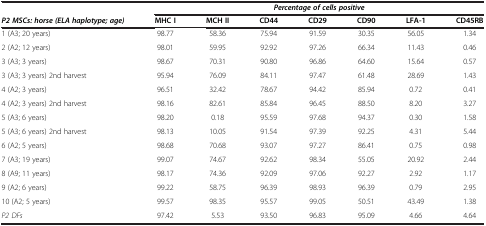
<table><thead><tr><td><b> </b></td><td colspan="7"><b><i>Percentage of cells positive</i></b></td></tr><tr><td><b><i>P2 MSCs: horse (ELA haplotype; age)</i></b></td><td><b>MHC I</b></td><td><b>MCH II</b></td><td><b>CD44</b></td><td><b>CD29</b></td><td><b>CD90</b></td><td><b>LFA-1</b></td><td><b>CD45RB</b></td></tr></thead><tbody><tr><td>1 (A3; 20 years)</td><td>98.77</td><td>58.36</td><td>75.94</td><td>91.59</td><td>30.35</td><td>56.05</td><td>1.34</td></tr><tr><td>2 (A2; 12 years)</td><td>98.01</td><td>59.95</td><td>92.92</td><td>97.26</td><td>66.34</td><td>11.43</td><td>0.46</td></tr><tr><td>3 (A3; 3 years)</td><td>98.67</td><td>70.31</td><td>90.80</td><td>96.86</td><td>64.60</td><td>15.64</td><td>0.57</td></tr><tr><td>3 (A3; 3 years) 2nd harvest</td><td>95.94</td><td>76.09</td><td>84.11</td><td>97.47</td><td>61.48</td><td>28.69</td><td>1.43</td></tr><tr><td>4 (A2; 3 years)</td><td>96.51</td><td>32.42</td><td>78.67</td><td>94.42</td><td>85.94</td><td>0.72</td><td>0.41</td></tr><tr><td>4 (A2; 3 years) 2nd harvest</td><td>98.16</td><td>82.61</td><td>85.84</td><td>96.45</td><td>88.50</td><td>8.20</td><td>3.27</td></tr><tr><td>5 (A3; 6 years)</td><td>98.20</td><td>0.18</td><td>95.59</td><td>97.68</td><td>94.37</td><td>0.30</td><td>1.58</td></tr><tr><td>5 (A3; 6 years) 2nd harvest</td><td>98.13</td><td>10.05</td><td>91.54</td><td>97.39</td><td>92.25</td><td>4.31</td><td>5.44</td></tr><tr><td>6 (A2; 5 years)</td><td>98.68</td><td>70.68</td><td>93.07</td><td>97.27</td><td>86.41</td><td>0.75</td><td>0.98</td></tr><tr><td>7 (A3; 19 years)</td><td>99.07</td><td>74.67</td><td>92.62</td><td>98.34</td><td>55.05</td><td>20.92</td><td>2.44</td></tr><tr><td>8 (A9; 11 years)</td><td>98.17</td><td>74.36</td><td>92.09</td><td>97.06</td><td>92.27</td><td>2.92</td><td>1.17</td></tr><tr><td>9 (A2; 6 years)</td><td>99.22</td><td>58.75</td><td>96.39</td><td>98.93</td><td>96.39</td><td>0.79</td><td>2.95</td></tr><tr><td>10 (A2; 5 years)</td><td>99.57</td><td>98.35</td><td>95.57</td><td>99.05</td><td>50.51</td><td>43.49</td><td>1.38</td></tr><tr><td><i>P2 DFs</i></td><td>97.42</td><td>5.53</td><td>93.50</td><td>96.83</td><td>95.09</td><td>4.66</td><td>4.64</td></tr></tbody></table>